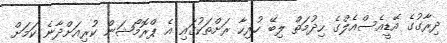
ދިރާގުގެ އޭޑީއެސްއެލްގެ ހިދުމަތް ލިބޭ ހުރިހާ ރަށްތަކުގައި އެ ޕްރޮމޯޝަން ކުރިއަށްދާނެ ކަމަށް